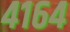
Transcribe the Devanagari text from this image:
४१६४